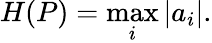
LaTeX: H(P)={\underset{i}{\operatorname*{max}}}\, |a_{i}|.